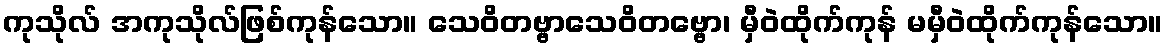
ကုသိုလ် အကုသိုလ်ဖြစ်ကုန်သော။ သေဝိတဗ္ဗာသေဝိတဗ္ဗော၊ မှီဝဲထိုက်ကုန် မမှီဝဲထိုက်ကုန်သော။